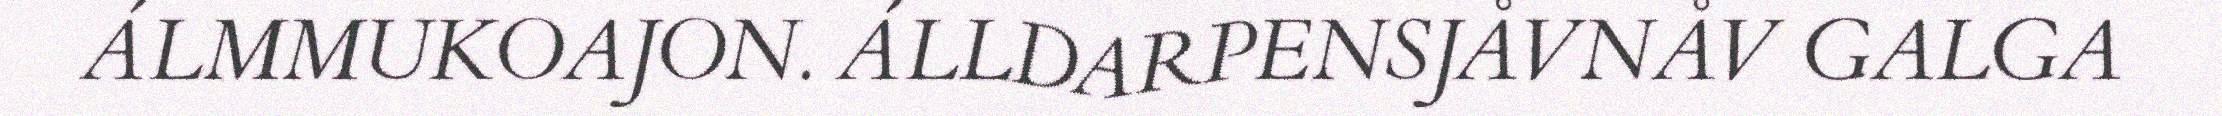
ÁLMMUKOAJON. ÁLLDARPENSJÅVNÅV GALGA